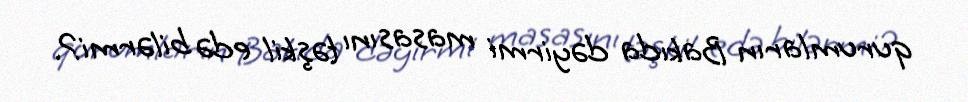
qurumların Bakıda dəyirmi masasını təşkil edə bilərmi?.